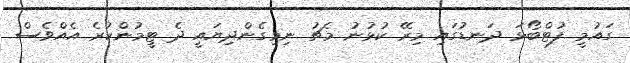
ގައުމީ ފުޓްބޯޅަ ދަނޑުގައި މިރޭ ކުޅުނު މެޗު ނިމިގެންދިޔައީ ދެ ޓީމުންކުރެ އެއްވެސް